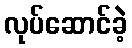
လုပ်ဆောင်ခဲ့